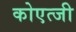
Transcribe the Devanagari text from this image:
कोएत्जी